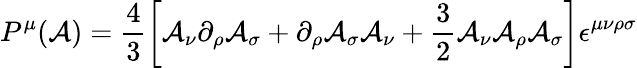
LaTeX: P^{\mu}({\cal A})=\frac{4}{3}\left[{\cal A}_{\nu}\partial_{\rho}{\cal A}_{\sigma}+\partial_{\rho}{\cal A}_{\sigma}{\cal A}_{\nu}+\frac{3}{2}{\cal A}_{\nu}{\cal A}_{\rho}{\cal A}_{\sigma}\right]\epsilon^{\mu\nu\rho\sigma}